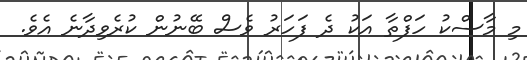
މި މާސްކު ހަފްތާ އަކު ދެ ފަހަރު ވެސް ބޭނުން ކުރެވިދާނެ އެވެ.